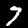
Digit: 7